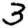
Digit: 3